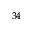
^ { 3 4 }